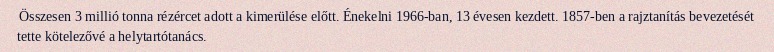
Összesen 3 millió tonna rézércet adott a kimerülése előtt. Énekelni 1966-ban, 13 évesen kezdett. 1857-ben a rajztanítás bevezetését tette kötelezővé a helytartótanács.